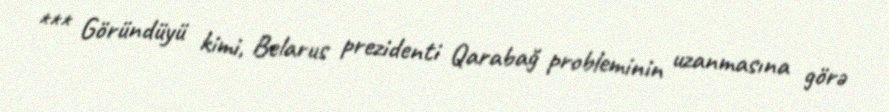
*** Göründüyü kimi, Belarus prezidenti Qarabağ probleminin uzanmasına görə